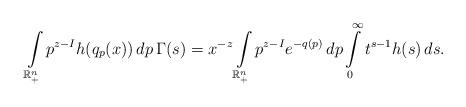
LaTeX: \begin{align*} \int\limits_{\mathbb R^n_+} p^{z-I} h(q_p(x)) \, dp \, \Gamma(s) = x^{-z} \int\limits_{\mathbb R^n_+} p^{z-I} e^{-q(p)}\,dp \int\limits_0^\infty t^{s-1} h(s) \, ds. \end{align*}